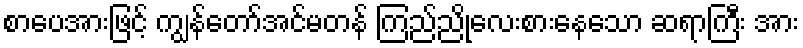
စာပေအားဖြင့် ကျွန်တော်အင်မတန် ကြည်ညိုလေးစားနေသော ဆရာကြီး အား